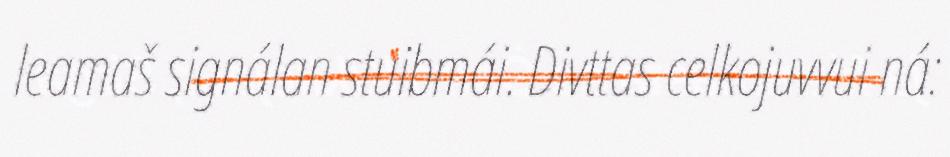
leamaš signálan stuibmái. Divttas celkojuvvui ná: